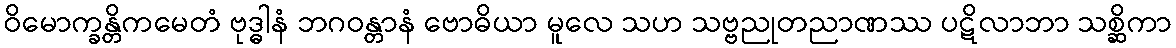
ဝိမောက္ခန္တိကမေတံ ဗုဒ္ဓါနံ ဘဂဝန္တာနံ ဗောဓိယာ မူလေ သဟ သဗ္ဗညုတညာဏဿ ပဋိလာဘာ သစ္ဆိကာ